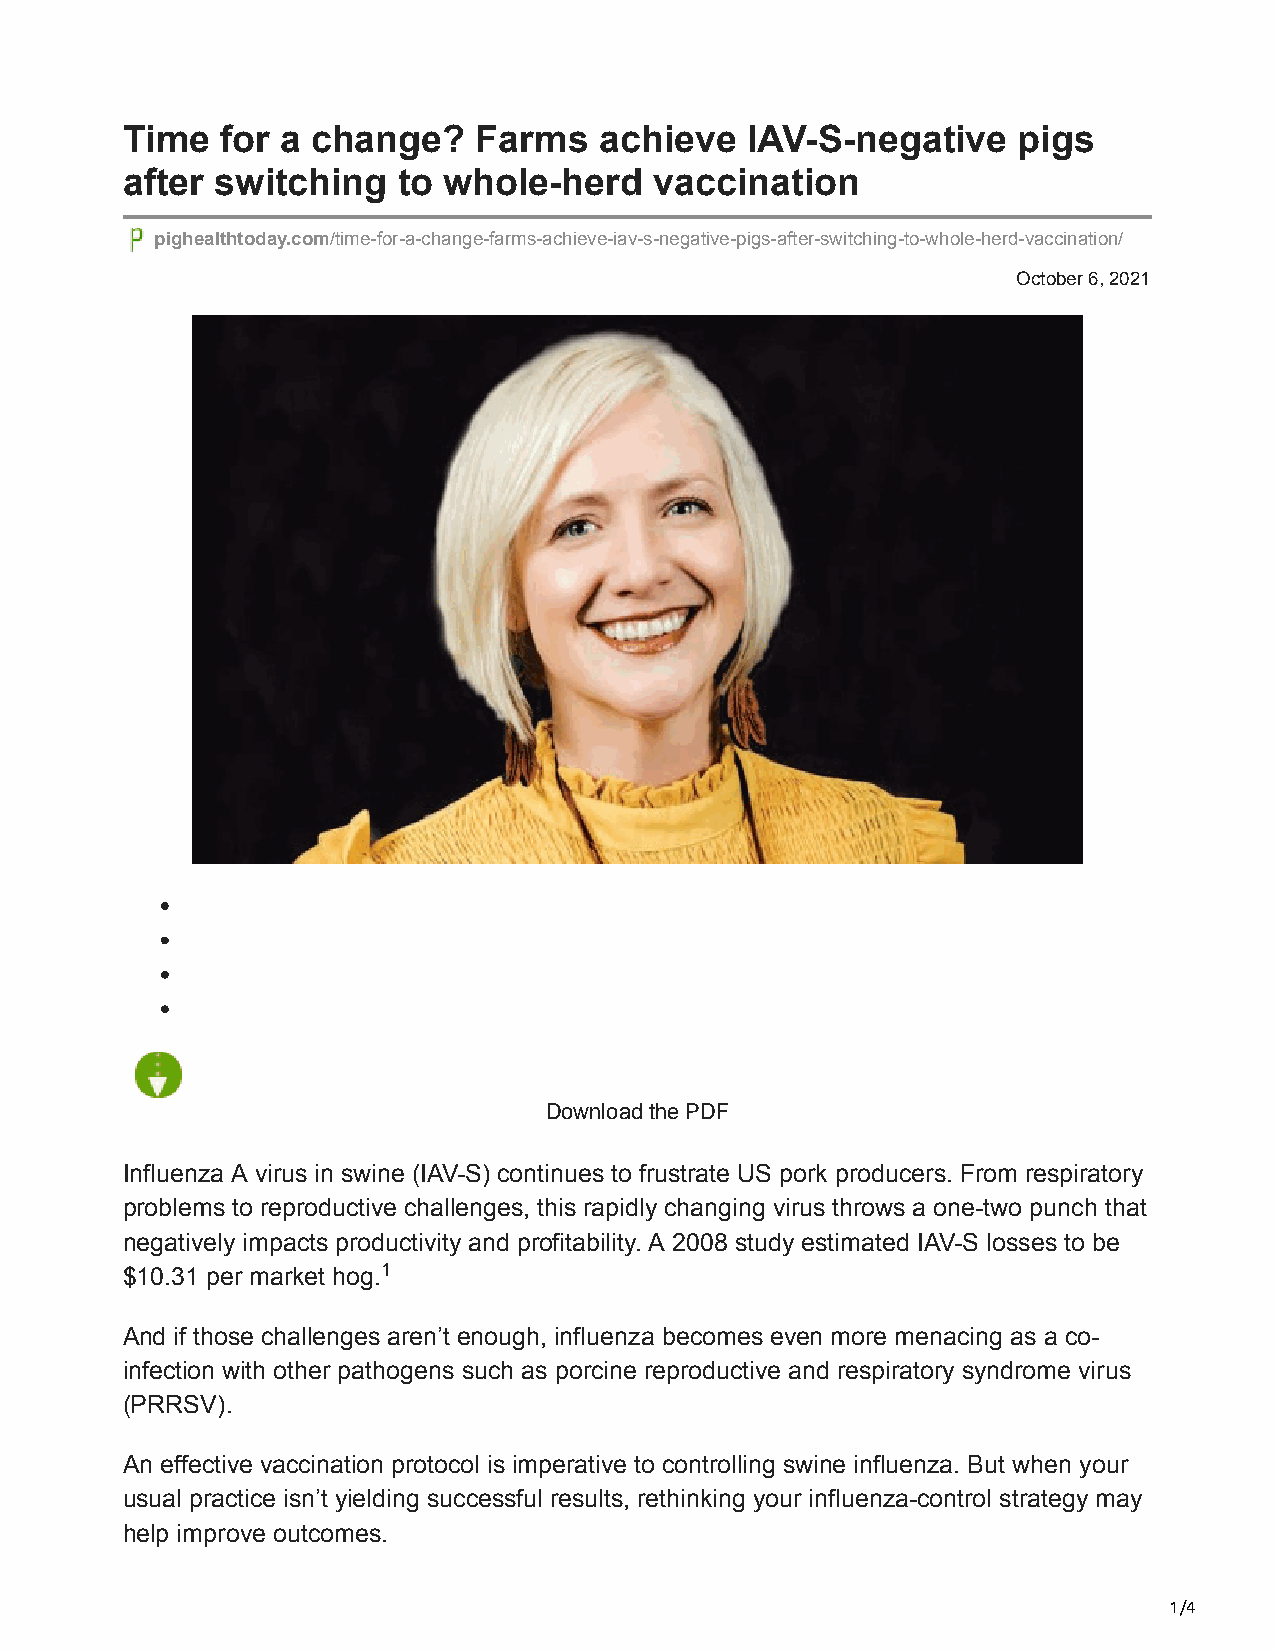
Time   for a change?    Farms   achieve  IAV-S-negative    pigs
 after switching   to whole-herd    vaccination
 pighealthtoday.com/time-for-a-change-farms-achieve-iav-s-negative-pigs-after-switching-to-whole-herd-vaccination/
 October 6, 2021
 Download the PDF
 Influenza A virus in swine (IAV-S) continues to frustrate US pork producers. From respiratory
 problems to reproductive challenges, this rapidly changing virus throws a one-two punch that
 negatively impacts productivity and profitability. A 2008 study estimated IAV-S losses to be
 $10.31 per market hog.1
 And if those challenges aren’t enough, influenza becomes even more menacing as a co-
 infection with other pathogens such as porcine reproductive and respiratory syndrome virus
 (PRRSV).
 An effective vaccination protocol is imperative to controlling swine influenza. But when your
 usual practice isn’t yielding successful results, rethinking your influenza-control strategy may
 help improve outcomes.
 1/4